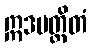
ဣဒမတ္ထိတံ